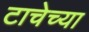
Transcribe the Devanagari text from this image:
टाचेच्या